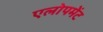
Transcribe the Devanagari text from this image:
एलोपमेंट